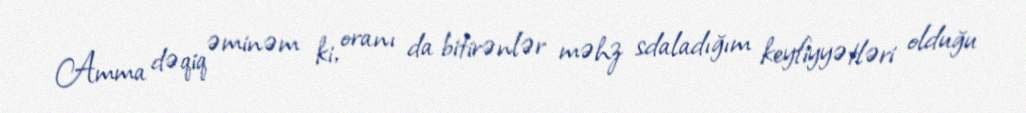
Amma dəqiq əminəm ki, oranı da bitirənlər məhz sdaladığım keyfiyyətləri olduğu